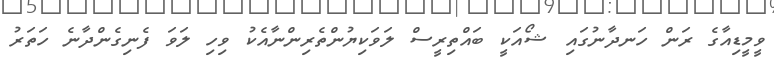
ވީމީޑިއާގެ ރަން ހަނދާނުގައި ޝޯއަކީ ބައްތިރީސް ލަވަކިޔުންތެރިންނާއެކު ވިހި ލަވަ ފެނިގެންދާނެ ހަތަރު